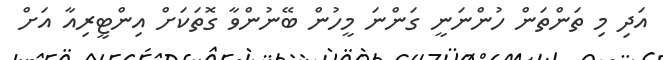
އަދި މި ތަންތަން ހުންނަނީ ގަންނަ މީހުން ބޭނުންވާ ގޮތަކަށް އިންޓީރިއާ އަށް